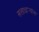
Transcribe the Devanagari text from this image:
सत्ताधार्‍यांना